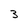
Character: 3